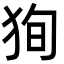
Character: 狥